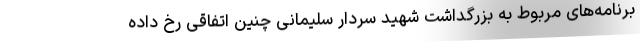
برنامه‌های مربوط به بزرگداشت شهید سردار سلیمانی چنین اتفاقی رخ داده